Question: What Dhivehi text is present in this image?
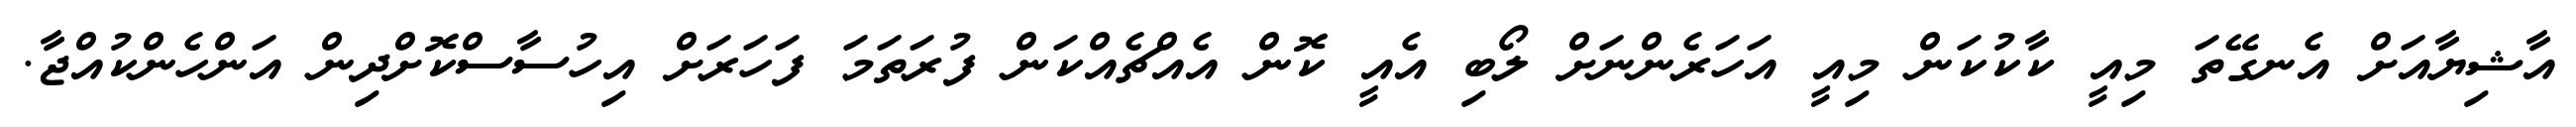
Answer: އާޝިޔާއަށް އެނގޭތަ މިއީ ކާކުކަން މިއީ އަހަރެންނަށް ލޯބި އެއީ ކޮން އެއްޗެއްކަން ފުރަތަމަ ފަހަރަށް އިހުސާސްކޮށްދިން އަންހެންކުއްޖާ.